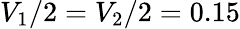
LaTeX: V_{1}/2=V_{2}/2=0.15